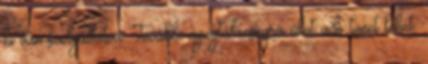
ki van szolgáltatva. További nyugtalanságra okot adó tünet lehet,